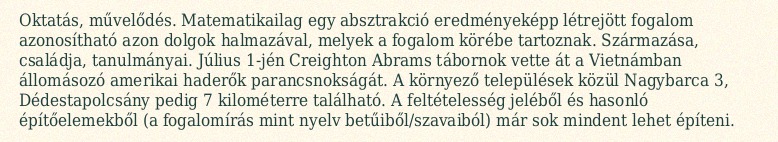
Oktatás, művelődés. Matematikailag egy absztrakció eredményeképp létrejött fogalom azonosítható azon dolgok halmazával, melyek a fogalom körébe tartoznak. Származása, családja, tanulmányai. Július 1-jén Creighton Abrams tábornok vette át a Vietnámban állomásozó amerikai haderők parancsnokságát. A környező települések közül Nagybarca 3, Dédestapolcsány pedig 7 kilométerre található. A feltételesség jeléből és hasonló építőelemekből (a fogalomírás mint nyelv betűiből/szavaiból) már sok mindent lehet építeni.